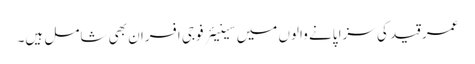
عمر قید کی سزا پانے والوں میں سینیئر فوجی افسران بھی شامل ہیں۔